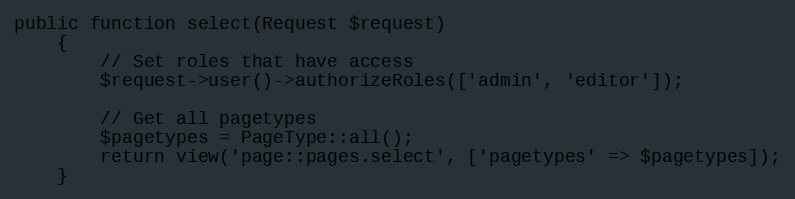
Language: PHP
public function select(Request $request)
    {
        // Set roles that have access
        $request->user()->authorizeRoles(['admin', 'editor']);

        // Get all pagetypes
        $pagetypes = PageType::all();
        return view('page::pages.select', ['pagetypes' => $pagetypes]);
    }